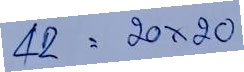
42 = 20x20